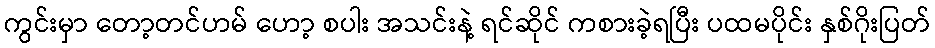
ကွင်းမှာ တော့တင်ဟမ် ဟော့ စပါး အသင်းနဲ့ ရင်ဆိုင် ကစားခဲ့ရပြီး ပထမပိုင်း နှစ်ဂိုးပြတ်